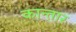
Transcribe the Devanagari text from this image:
कान्तार